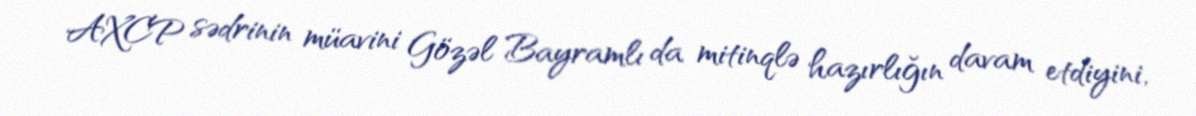
AXCP sədrinin müavini Gözəl Bayramlı da mitinqlə hazırlığın davam etdiyini,